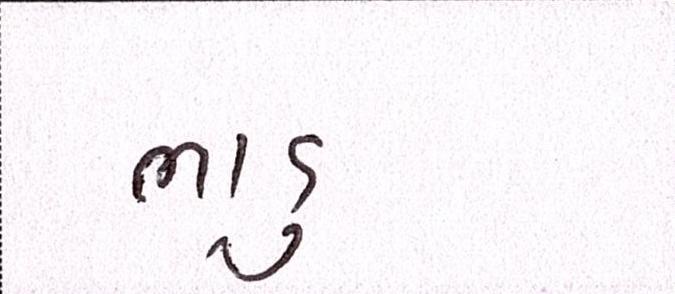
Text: ભાડુ